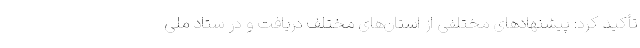
تأکید کرد: پیشنهادهای مختلفی از استان‌های مختلف دریافت و در ستاد ملی